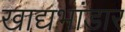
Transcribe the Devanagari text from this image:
खाद्यभांडार